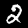
Label: 2